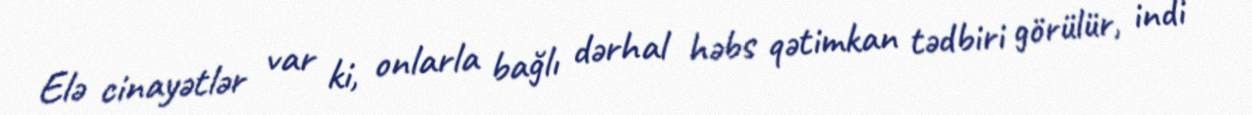
Elə cinayətlər var ki, onlarla bağlı dərhal həbs qətimkan tədbiri görülür, indi